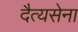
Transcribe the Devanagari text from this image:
दैत्यसेना